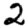
Digit: 2